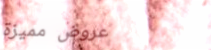
عروض مميزة